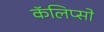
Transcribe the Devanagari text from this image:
कॅलिप्सो